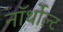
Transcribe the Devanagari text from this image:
नॉर्थोल्ट